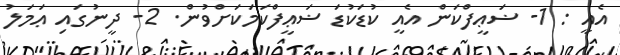
އެއީ : 1- ޟަޢީފްކަން އެއީ ކުޑަކުޑަ ޟަޢީފްކަމަކަށްވުން. 2- ދީނުގައި ޢަމަލު